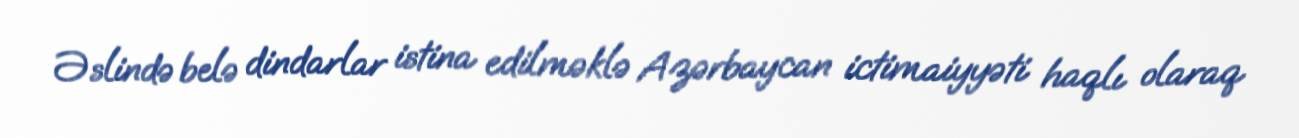
Əslində belə dindarlar istina edilməklə Azərbaycan ictimaiyyəti haqlı olaraq